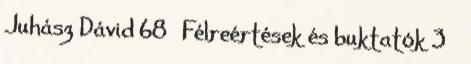
Juhász Dávid 68 Félreértések és buktatók 3 ●